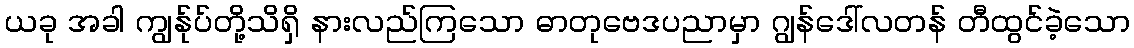
ယခု အခါ ကျွန်ုပ်တို့သိရှိ နားလည်ကြသော ဓာတုဗေဒပညာမှာ ဂျွန်ဒေါ်လတန် တီထွင်ခဲ့သော